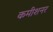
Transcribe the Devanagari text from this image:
कमीशनर